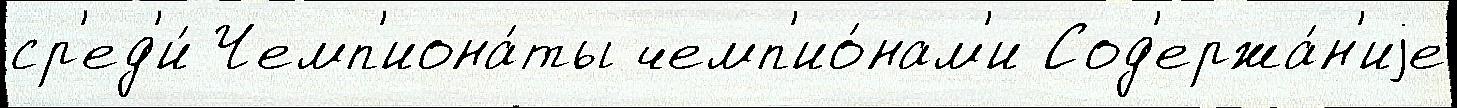
ср'ед'и́ Чемп'иона́ты чемп'ио́нам'и Сод'ержа́н'иjе